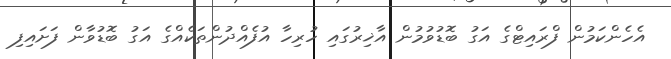
އެހެންކަމުން ފްރައިޓްގެ އަގު ބޮޑުވުމުން އާޚިރުގައި ހުރިހާ އުފެއްދުންތަކެއްގެ އަގު ބޮޑުވާން ފަށައިފި